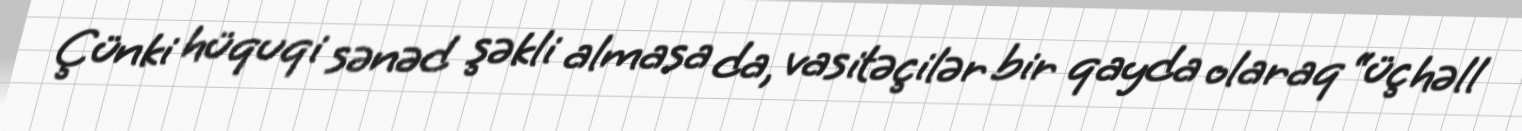
Çünki hüquqi sənəd şəkli almasa da, vasitəçilər bir qayda olaraq “üç həll